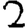
Digit: 2